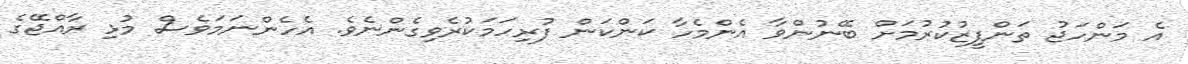
އެ މަންހަޖު ތަންފީޒުކުރުމަށް ބޭނުންވާ އެންމެހާ ކަންކަން ފުރިހަމަކުރެވިގެންނެވެ. އެހެންނަމަވެސް މުޅި ރާއްޖޭގެ